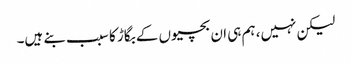
لیکن نہیں، ہم ہی ان بچیوں کے بگاڑ کا سبب بنے ہیں۔